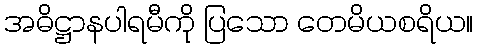
အဓိဋ္ဌာနပါရမီကို ပြသော တေမိယစရိယ။